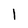
Character: 1